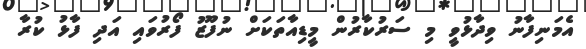
އެމަނިފާނު ވިދާޅުވީ މި ސަރުކާރުން މީޑިއާތަކަށް ނުފޫޒު ފޯރުވައި އަދި ފާޅު ކުރާ